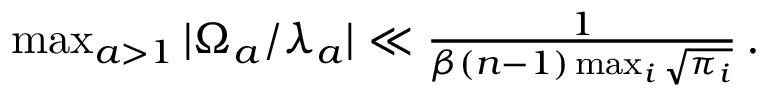
\begin{array} { r } { \operatorname* { m a x } _ { a > 1 } \vert \Omega _ { a } / \lambda _ { a } \vert \ll \frac { 1 } { \beta ( n - 1 ) \operatorname* { m a x } _ { i } \sqrt { \pi _ { i } } } \, . } \end{array}